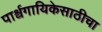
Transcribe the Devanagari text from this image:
पार्श्वगायिकेसाठीचा